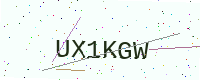
Text: UX1KGW